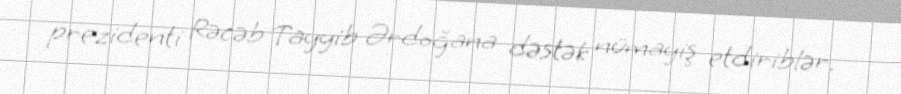
prezidenti Rəcəb Tayyib Ərdoğana dəstək nümayiş etdiriblər.